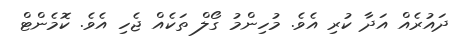
ދައުރެއް އަދާ ކުރި އެވެ. މުހިންމު ގޯލް ތަކެއް ޖެހި އެވެ. ކޮމެންޓް